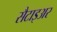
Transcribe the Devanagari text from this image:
सैटाइअर